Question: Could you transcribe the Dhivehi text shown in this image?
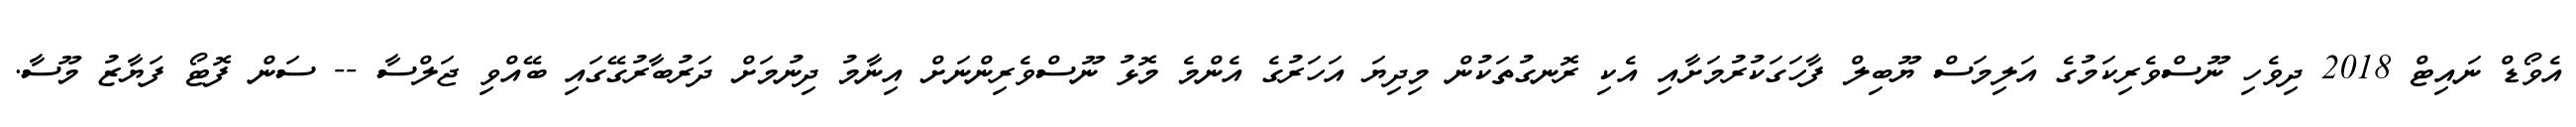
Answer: އެވޯޑް ނައިޓް 2018 ދިވެހި ނޫސްވެރިކަމުގެ އަލިމަސް ޔޫބިލް ފާހަގަކުރުމަށާއި އެކި ރޮނގުތަކުން މިދިޔަ އަހަރުގެ އެންމެ މޮޅު ނޫސްވެރިންނަށް އިނާމު ދިނުމަށް ދަރުބާރުގޭގައި ބޭއްވި ޖަލްސާ -- ސަން ފޮޓޯ ފަޔާޒު މޫސާ.